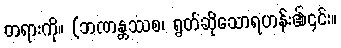
တရားကို။ (ဘဏန္တဿစ၊ ရွတ်ဆိုသောရဟန်း၏၎င်း။